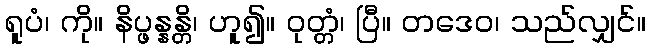
ရူပံ၊ ကို။ နိပ္ဖန္နန္တိ၊ ဟူ၍။ ဝုတ္တံ၊ ပြီ။ တဒေဝ၊ သည်လျှင်။